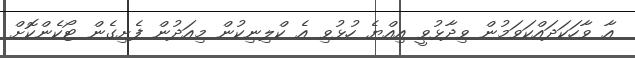
އާ ވާހަކަދައްކަވަމުން ވިދާޅުވީ އިއްޔެ ހުޅުވި އެ ކްލިނިކުން މިއަދުން ފެށިގެން ޓޯކެންކޮށް